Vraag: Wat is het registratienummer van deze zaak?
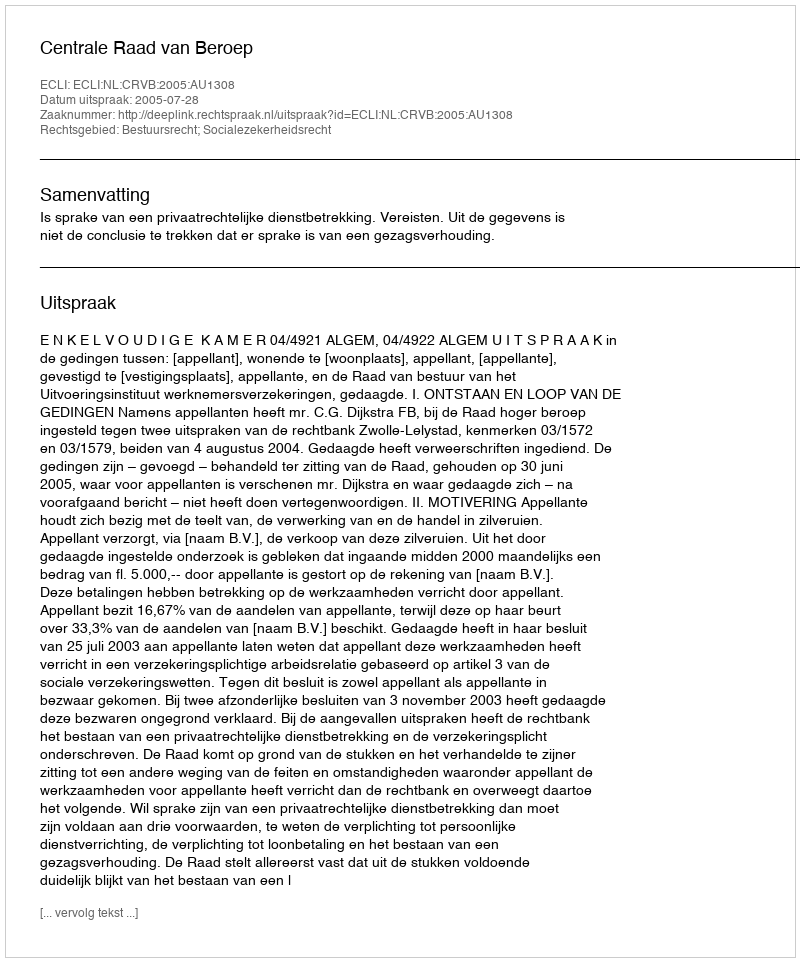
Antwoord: http://deeplink.rechtspraak.nl/uitspraak?id=ECLI:NL:CRVB:2005:AU1308